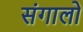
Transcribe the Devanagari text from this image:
संगालो